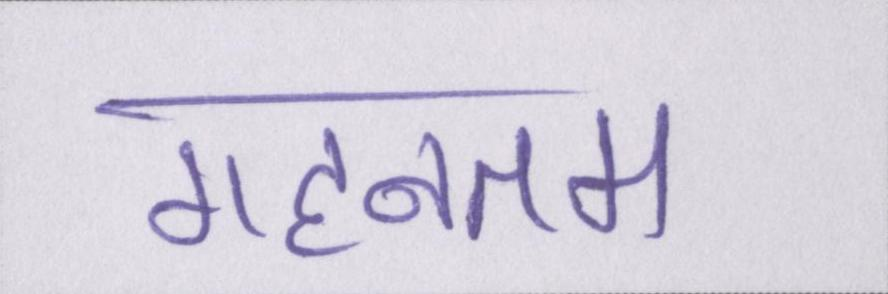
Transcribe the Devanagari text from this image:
गहनतम